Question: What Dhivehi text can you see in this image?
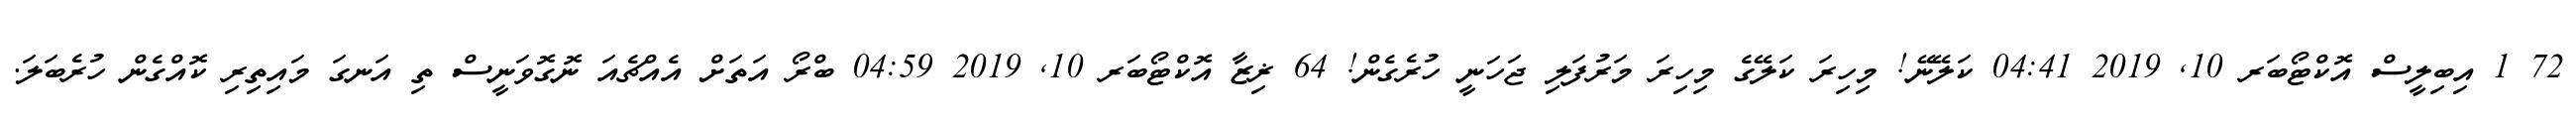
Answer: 72 1 އިބިލީސް އޮކްޓޯބަރ 10, 2019 04:41 ކަލޭނޭ! މިހިރަ ކަލޭގެ މިހިރަ މަރުފަލި ޖަހަނީ ހުރެގެން! 64 ޜިޒާ އޮކްޓޯބަރ 10, 2019 04:59 ބްރޯ އަތަށް އެއްޗެއަ ނޮގޮވަނީސް ތި އަނގަ މައިތިރި ކޮއްގެން ހުރެބަލަ.